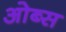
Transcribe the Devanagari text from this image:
ओब्स